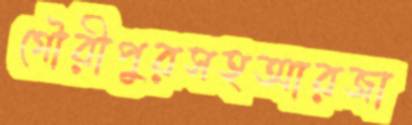
গৌরীপুরসহআরজা